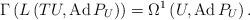
LaTeX: \begin{align*}\Gamma\left(L\left(TU,\operatorname{Ad}P_U\right)\right)=\Omega^1\left(U,\operatorname{Ad}P_U\right).\end{align*}